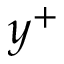
y ^ { + }